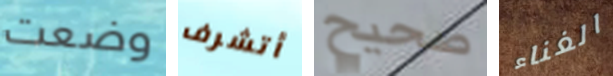
وضعت أتشرف صحيح الغناء